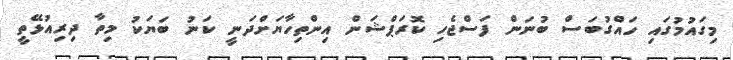
މިގައުމުގައި ހައްގުބަސް ބުނަން ފަސްޖެހި ކޮރަޕްޝަން އިންތިހާޔަށްދަނީ ކަނު ބަޔަކު މިތާ ދިރިއުޅޭތީ